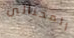
المحتالين